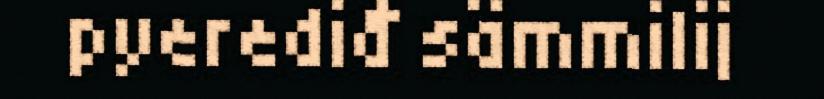
pyerediđ sämmilij